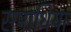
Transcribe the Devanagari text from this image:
समाधिया